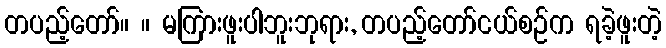
တပည့်တော်။ ။ မကြားဖူးပါဘူးဘုရား, တပည့်တော်ငယ်စဉ်က ရခဲ့ဖူးတဲ့